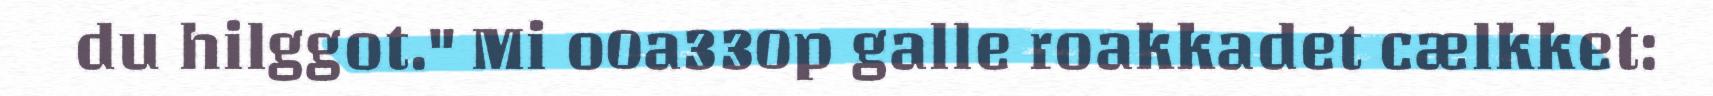
du hilggot." Mi o0a330p galle roakkadet cælkket: